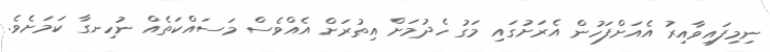
ނިމިފައިވާއިރު އެއަށްފަހުން އެރަށުގައި މަގު ހެދުމަށް އިތުރަށް އެއްވެސް މަސައްކަތެއް ނުހިނގާ ކަމަށެވެ.